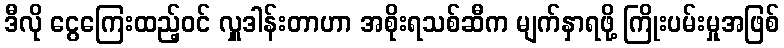
ဒီလို ငွေကြေးထည့်ဝင် လှူဒါန်းတာဟာ အစိုးရသစ်ဆီက မျက်နှာရဖို့ ကြိုးပမ်းမှုအဖြစ်